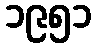
၁၉၅၁